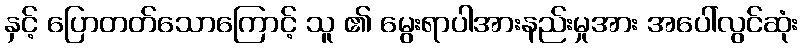
နှင့် ပြောတတ်သောကြောင့် သူ ၏ မွေးရာပါအားနည်းမှုအား အပေါ်လွင်ဆုံး